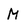
Character: M